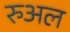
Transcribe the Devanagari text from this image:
रुअल